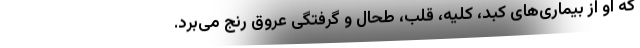
که او از بیماری‌های کبد، کلیه، قلب، طحال و گرفتگی عروق رنج می‌برد.